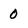
Character: 0